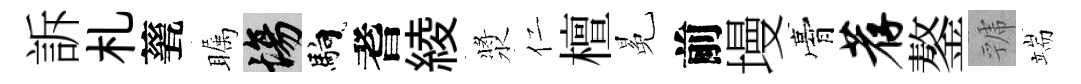
訴札甆瞩場馿耆綾漿仁檀冕前墁膏荐鏊虢端